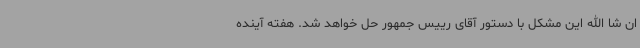
ان شا الله این مشکل با دستور آقای رییس جمهور حل خواهد شد. هفته آینده